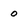
Character: 0